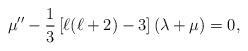
LaTeX: \begin{align*}\mu''-\frac{1}{3}\left[\ell(\ell+2)-3\right]\left(\lambda+\mu\right)=0 ,\end{align*}